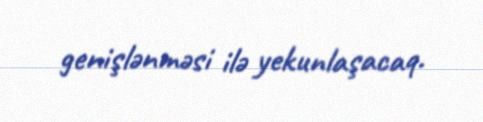
genişlənməsi ilə yekunlaşacaq.